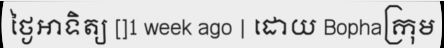
ថ្ងៃអាទិត្យ []1 week ago | ដោយ Bophaក្រុម